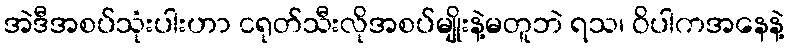
အဲဒီအစပ်သုံးပါးဟာ ငရုတ်သီးလိုအစပ်မျိုးနဲ့မတူဘဲ ရသ၊ ဝိပါကအနေနဲ့